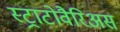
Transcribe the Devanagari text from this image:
स्ट्राटोवैरिअस